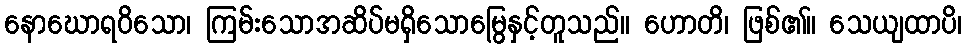
နောဃောရဝိသော၊ ကြမ်းသောအဆိပ်မရှိသောမြွေနှင့်တူသည်။ ဟောတိ၊ ဖြစ်၏။ သေယျထာပိ၊